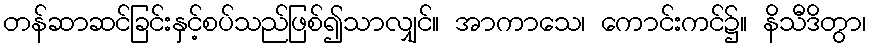
တန်ဆာဆင်ခြင်းနှင့်စပ်သည်ဖြစ်၍သာလျှင်။ အာကာသေ၊ ကောင်းကင်၌။ နိသီဒိတွာ၊